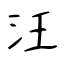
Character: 汪